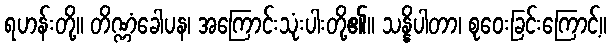
ရဟန်းတို့။ တိဏ္ဏံခေါပန၊ အကြောင်းသုံးပါးတို့၏။ သန္နိပါတာ၊ စုဝေးခြင်းကြောင့်။